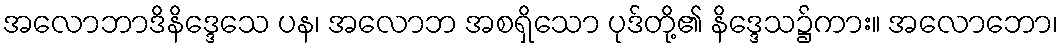
အလောဘာဒိနိဒ္ဒေသေ ပန၊ အလောဘ အစရှိသော ပုဒ်တို့၏ နိဒ္ဒေသ၌ကား။ အလောဘော၊